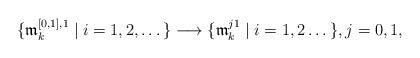
LaTeX: \begin{align*}\{\frak m^{[0,1],1}_k \mid i=1,2,\dots\} \longrightarrow\{\frak m^{j1}_k \mid i=1,2\dots\}, j=0,1,\end{align*}